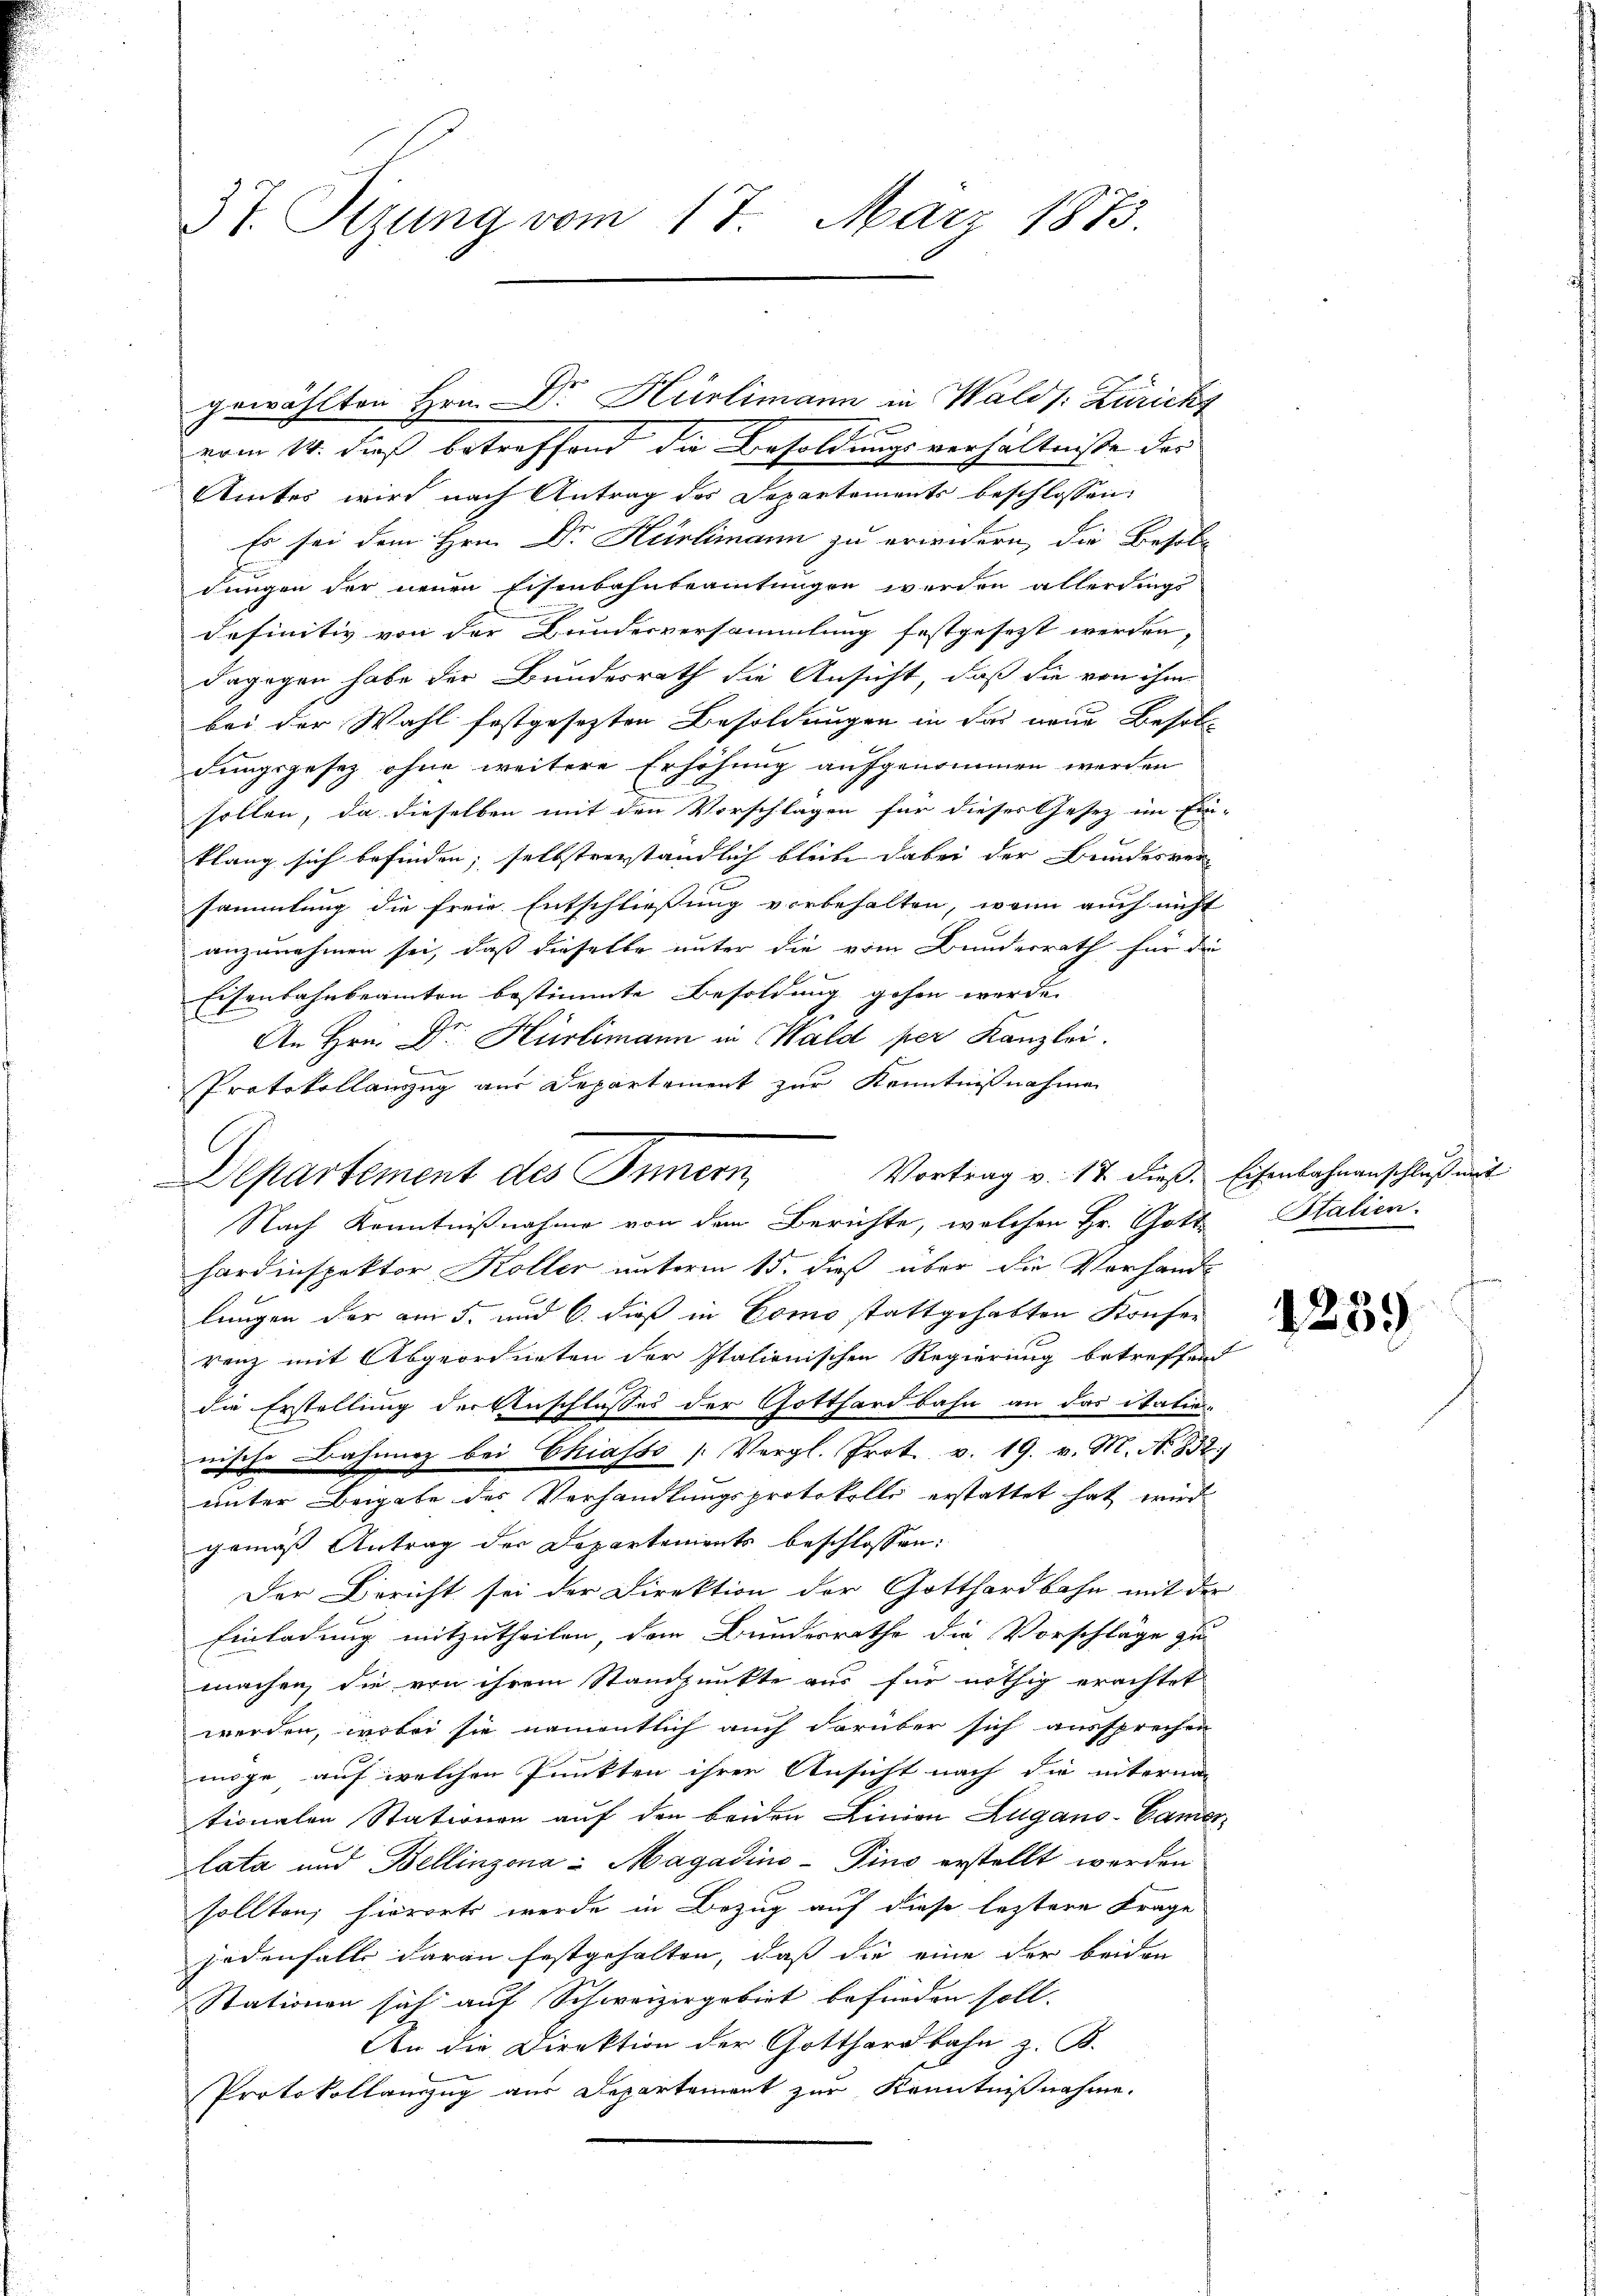
37. Sizung vom 17. März 1873.

e
vom 14. dieß betreffend die Besoldungsverhältnisse der
Amtes wird nach Antrag des Departements beschlossen:
Es sei dem Hrn. Dr. Hürlimann zu erwidern, die Besolu
dungen der neuen Eisenbahnbeamtungen werden allerdings
definitiv von der Bundesversammlung festgesezt werden,
dagogen habe der Bundesrath die Ansicht, daß die von ihm
bei der Wahl festgesezten Besoldungen in das neue Besoldungsgesez ohne weitere Erhöhung aufgenommen werden
sollen, da dieselben mit den Vorschlagen für dieses Gesez im Ein
klang sich befinden; selbstverständlich bleibe dabei der Bundesversammlung die freie Entschließung vorbehalten, wenn auch nicht
anzunehmen sei, daß dieselbe unter die vom Bundesrath für die
Eisenbahnbeamten bestimmte Besoldung gehen werde.
E
Ge
An Hrn. Dr. Hürlimann in Wald per Kanzlei.
.
Protokollauszug aus Departement zur Kenntnißnahme
hardinspektor Koller unterm 15. dieß über die Vorhandlungen der am 5. und 6. dieß in Como stattgehabten Kaufen
renz mit Abgeordneten der Italienischen Regierung betreffend
die Erstellung der Anschlusses der Gotthardbahn an das itation
nische Bahnung bei Chiasso (Vergl. Prot. v. 19. v. M. N. 832.)
unter Beigabe des Verhandlungsprotokolls erstattet hat wird
gemäß Antrag der Departements beschlossen:
Der Bericht sei der Direktion der Gotthardbahn mit der
Einladung mitzutheilen, dem Bundesrathe die Vorschläge zur
machen, die von ihrem Standpunkte aus für nöthig erachtet
werden, wobei sie namentlich auch darüber sich aussprechen
möge, auf welchen Punkten ihren Ansicht nach die interma-
tionalen Stationen auf den beiden Linien Zugano-Camer-
lata und Bellinzona - Magadino-Pino erstellt werden
sollten; hierorts werde in Bezug auf diese leztere Frage
jedenfalls daran festgehalten, daß die eine der beiden
Stationen sich auf Schweizergebiet befinden soll.
An die Direktion der Gotthardbahn z. B.
Protokollauszug aus Departement zur Kenntnißnahme.

gewählten Hrn. Dr Hürlimann in Walds: Zürich

Vortrag v. 17 dieß, Eisenbahnanschluß mit
Departement des Innern,
Nach Kenntnißnahme von dem Berichte, welchen Hr. Gott Italien.

i

1239